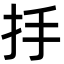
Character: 抙